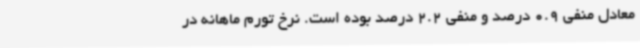
معادل منفی 0.9 درصد و منفی 2.2 درصد بوده است. نرخ تورم ماهانه در